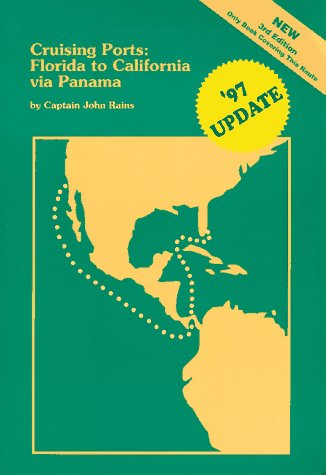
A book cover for Cruising Ports: Florida to California Via Panama (Guidebook); John E. Rains; Travel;